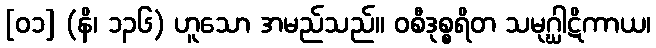
[၀၁] (နိ၊ ၁၃၆) ဟူသော အမည်သည်။ ဝစီဒုစ္စရိတ သမုဂ္ဃါဋိကာယ၊